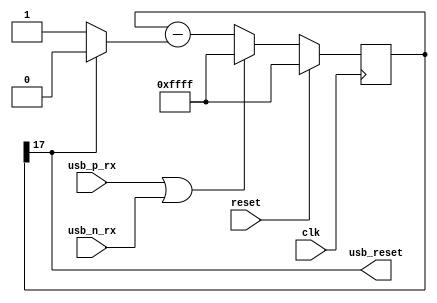
// detects USB port reset signal from host
module usb_reset_det (
	  input clk,
	  input reset,

	  input usb_p_rx,  
	  input usb_n_rx,
	  
	   output usb_reset
	);

	localparam RESET_COUNT = 16'HFFFF;

	// reset detection (1 bit extra for overflow)
	reg [17:0] reset_timer = 0;

	// keep counting?
	wire timer_expired = reset_timer[ 17 ];

	// one time event when reset_timer = 0;
	// assign usb_reset = !(|reset_timer);
	assign usb_reset = timer_expired;

	always @(posedge clk) begin
		if ( reset ) begin
			reset_timer <= RESET_COUNT;
		end else begin 
			// reset is both inputs low for 10ms
			if (usb_p_rx || usb_n_rx) begin
				reset_timer <= RESET_COUNT;
			end else begin 			
				reset_timer <= reset_timer - ((timer_expired)? 0 : 1);
			end	  
		end
	end
  
endmodule